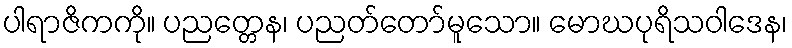
ပါရာဇိကကို။ ပညတ္တေန၊ ပညတ်တော်မူသော။ မောဃပုရိသဝါဒေန၊